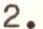
2.